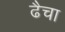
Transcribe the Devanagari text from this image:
ढैचा